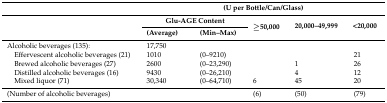
<table><thead><tr><td></td><td colspan="5"><b>(U per Bottle/Can/Glass)</b></td></tr><tr><td rowspan="2"></td><td colspan="2"><b>Glu-AGE Content</b></td><td rowspan="2"><b>≥50,000</b></td><td rowspan="2"><b>20,000–49,999</b></td><td rowspan="2"><b>&lt;20,000</b></td></tr><tr><td><b>(Average)</b></td><td><b>(Min–Max)</b></td></tr></thead><tbody><tr><td>Alcoholic beverages (135):</td><td>17,750</td><td></td><td></td><td></td><td></td></tr><tr><td> Effervescent alcoholic beverages (21)</td><td>1010</td><td>(0–9210)</td><td></td><td></td><td>21</td></tr><tr><td> Brewed alcoholic beverages (27)</td><td>2600</td><td>(0–23,290)</td><td></td><td>1</td><td>26</td></tr><tr><td> Distilled alcoholic beverages (16)</td><td>9430</td><td>(0–26,210)</td><td></td><td>4</td><td>12</td></tr><tr><td> Mixed liquor (71)</td><td>30,340</td><td>(0–64,710)</td><td>6</td><td>45</td><td>20</td></tr><tr><td>(Number of alcoholic beverages)</td><td colspan="2"></td><td>(6)</td><td>(50)</td><td>(79)</td></tr></tbody></table>